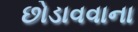
છોડાવવાના